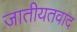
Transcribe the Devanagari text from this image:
जातीयतवाद